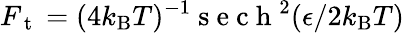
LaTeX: F_{\mathrm{~t~}}=(4k_{\mathrm{B}}T)^{-1}\mathrm{~s~e~c~h~}^{2}(\epsilon/2k_{\mathrm{B}}T)